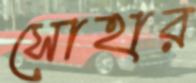
সোহার